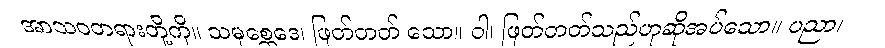
အာသဝတရားတို့ကို။ သမုစ္ဆေဒေ၊ ဖြတ်တတ် သော။ ဝါ၊ ဖြတ်တတ်သည်ဟုဆိုအပ်သော။ ပညာ၊